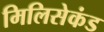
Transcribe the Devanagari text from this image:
मिलिसेकंड